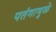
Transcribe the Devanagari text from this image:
पतंगामुळे